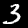
Label: 3